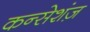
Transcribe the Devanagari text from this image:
कन्सेशंज़